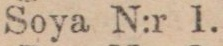
Soya N:r 1.